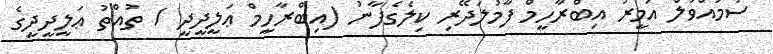
ސުމުއްވުލް އަމީރު އިބްރާހީމް ފާމުލަދޭރި ކިލެގެފާނު (އިބްރާހީމް ޢަލީދީދީ / ތުއްތު ޢަލީދީދީގެ